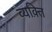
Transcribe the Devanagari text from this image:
व्यक़्ति